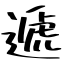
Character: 遞